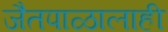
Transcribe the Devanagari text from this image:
जैतपाळालाही